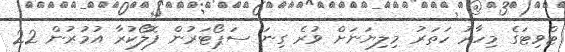
ޓްވިޓަގެ މިހާރު ހަތަރު މިލިޔަނަށް ވުރެ ގިނަ ސަޕޯޓަރުން ފޮލޯކުރާ އުމުރުން 22